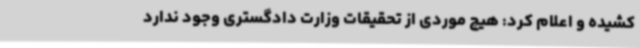
کشیده و اعلام کرد: هیچ موردی از تحقیقات وزارت دادگستری وجود ندارد